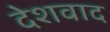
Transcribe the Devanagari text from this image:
देशवाद